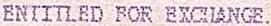
ENTITLED FOR EXCHANGE.